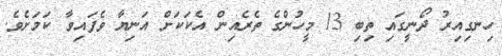
ހިނގިއިރު ދޯނީގައި ތިބި 13 މީހުންގެ ތެރެއިން އެކަކަށް އަނިޔާ ވެފައިވާ ކަމަށެވެ.